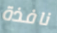
نافذة